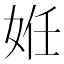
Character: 姙